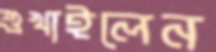
শুখাইলেন